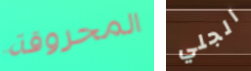
المحروقة الجلي